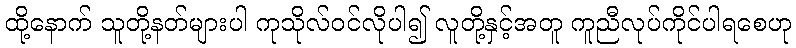
ထို့နောက် သူတို့နတ်များပါ ကုသိုလ်ဝင်လိုပါ၍ လူတို့နှင့်အတူ ကူညီလုပ်ကိုင်ပါရစေဟု